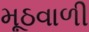
મૂઠવાળી